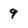
Character: 9